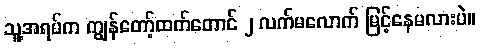
သူ့အရပ်က ကျွန်တော့်ထက်တောင် ၂ လက်မလောက် မြင့်နေမလားပဲ။